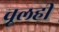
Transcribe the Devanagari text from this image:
चूलही